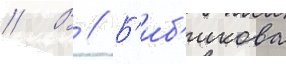
// В // Б'иб'икова